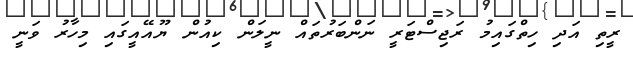
ރީތި އަދި ހިތްގައިމު ރަޖިސްޓަރީ ނަންބަރުތައް ނީލަން ކިއުން ޔޫއޭއީގައި މިހާރު ވަނީ